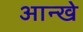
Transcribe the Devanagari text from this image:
आन्खे